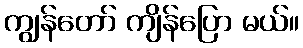
ကျွန်တော် ကျိန်ပြော မယ်။